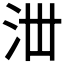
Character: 𣳘